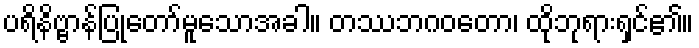
ပရိနိဗ္ဗာန်ပြုတော်မူသောအခါ။ တဿဘဂဝတော၊ ထိုဘုရားရှင်၏။